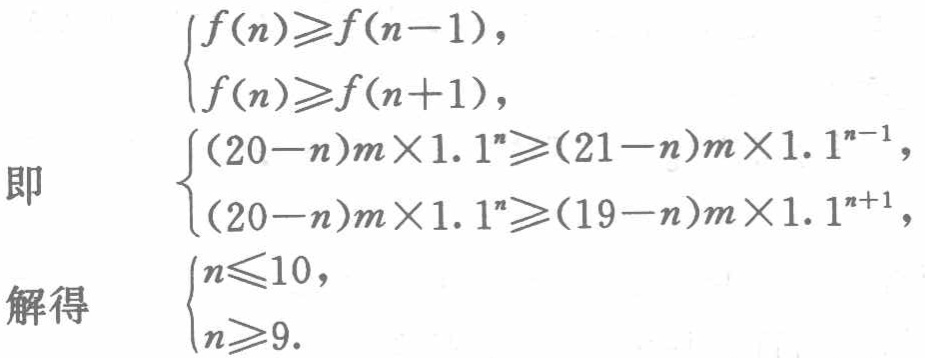
\[

\begin{align*}

&

\begin{cases}

f(n)\geqslant f(n - 1),\\

f(n)\geqslant f(n + 1),

\end{cases}\\

\text{即} &

\begin{cases}

(20 - n)m\times1.1^{n}\geqslant(21 - n)m\times1.1^{n - 1},\\

(20 - n)m\times1.1^{n}\geqslant(19 - n)m\times1.1^{n + 1},

\end{cases}\\

\text{解得} &

\begin{cases}

n\leqslant10,\\

n\geqslant9.

\end{cases}

\end{align*}

\]